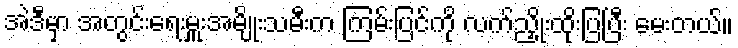
အဲဒီမှာ အတွင်းရေးမှူးအမျိုးသမီးက ကြမ်းပြင်ကို လက်ညှိုးထိုးပြပြီး မေးတယ်။